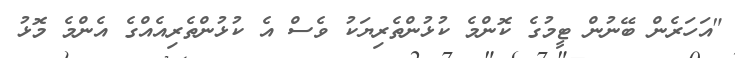
"އަހަރެން ބޭނުން ޓީމުގެ ކޮންމެ ކުޅުންތެރިޔަކު ވެސް އެ ކުޅުންތެރިއެއްގެ އެންމެ މޮޅު